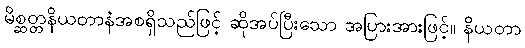
မိစ္ဆတ္တနိယတာနံအစရှိသည်ဖြင့် ဆိုအပ်ပြီးသော အပြားအားဖြင့်။ နိယတာ